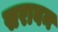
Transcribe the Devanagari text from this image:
सरावन